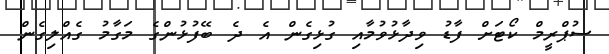
ސުޕްރީމް ކޯޓަށް ފާޑު ވިދާޅުވުމާއި ގުޅިގެން އެ ދެ ބޭފުޅުންގެ މަގާމު ގެއްލިގެން